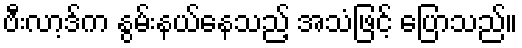
ဗီးလာ့ဒ်က နွမ်းနယ်နေသည့် အသံဖြင့် ပြောသည်။